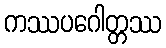
ကဿပဂေါတ္တဿ